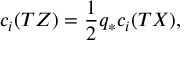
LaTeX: c _ { i } ( T Z ) = \frac { 1 } { 2 } q _ { * } c _ { i } ( T X ) ,